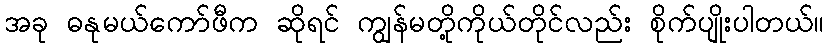
အခု ဓနုမယ်ကော်ဖီက ဆိုရင် ကျွန်မတို့ကိုယ်တိုင်လည်း စိုက်ပျိုးပါတယ်။